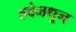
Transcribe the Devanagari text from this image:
हवेमधून